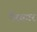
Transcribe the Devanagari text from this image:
नैस्कार